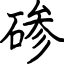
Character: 碜